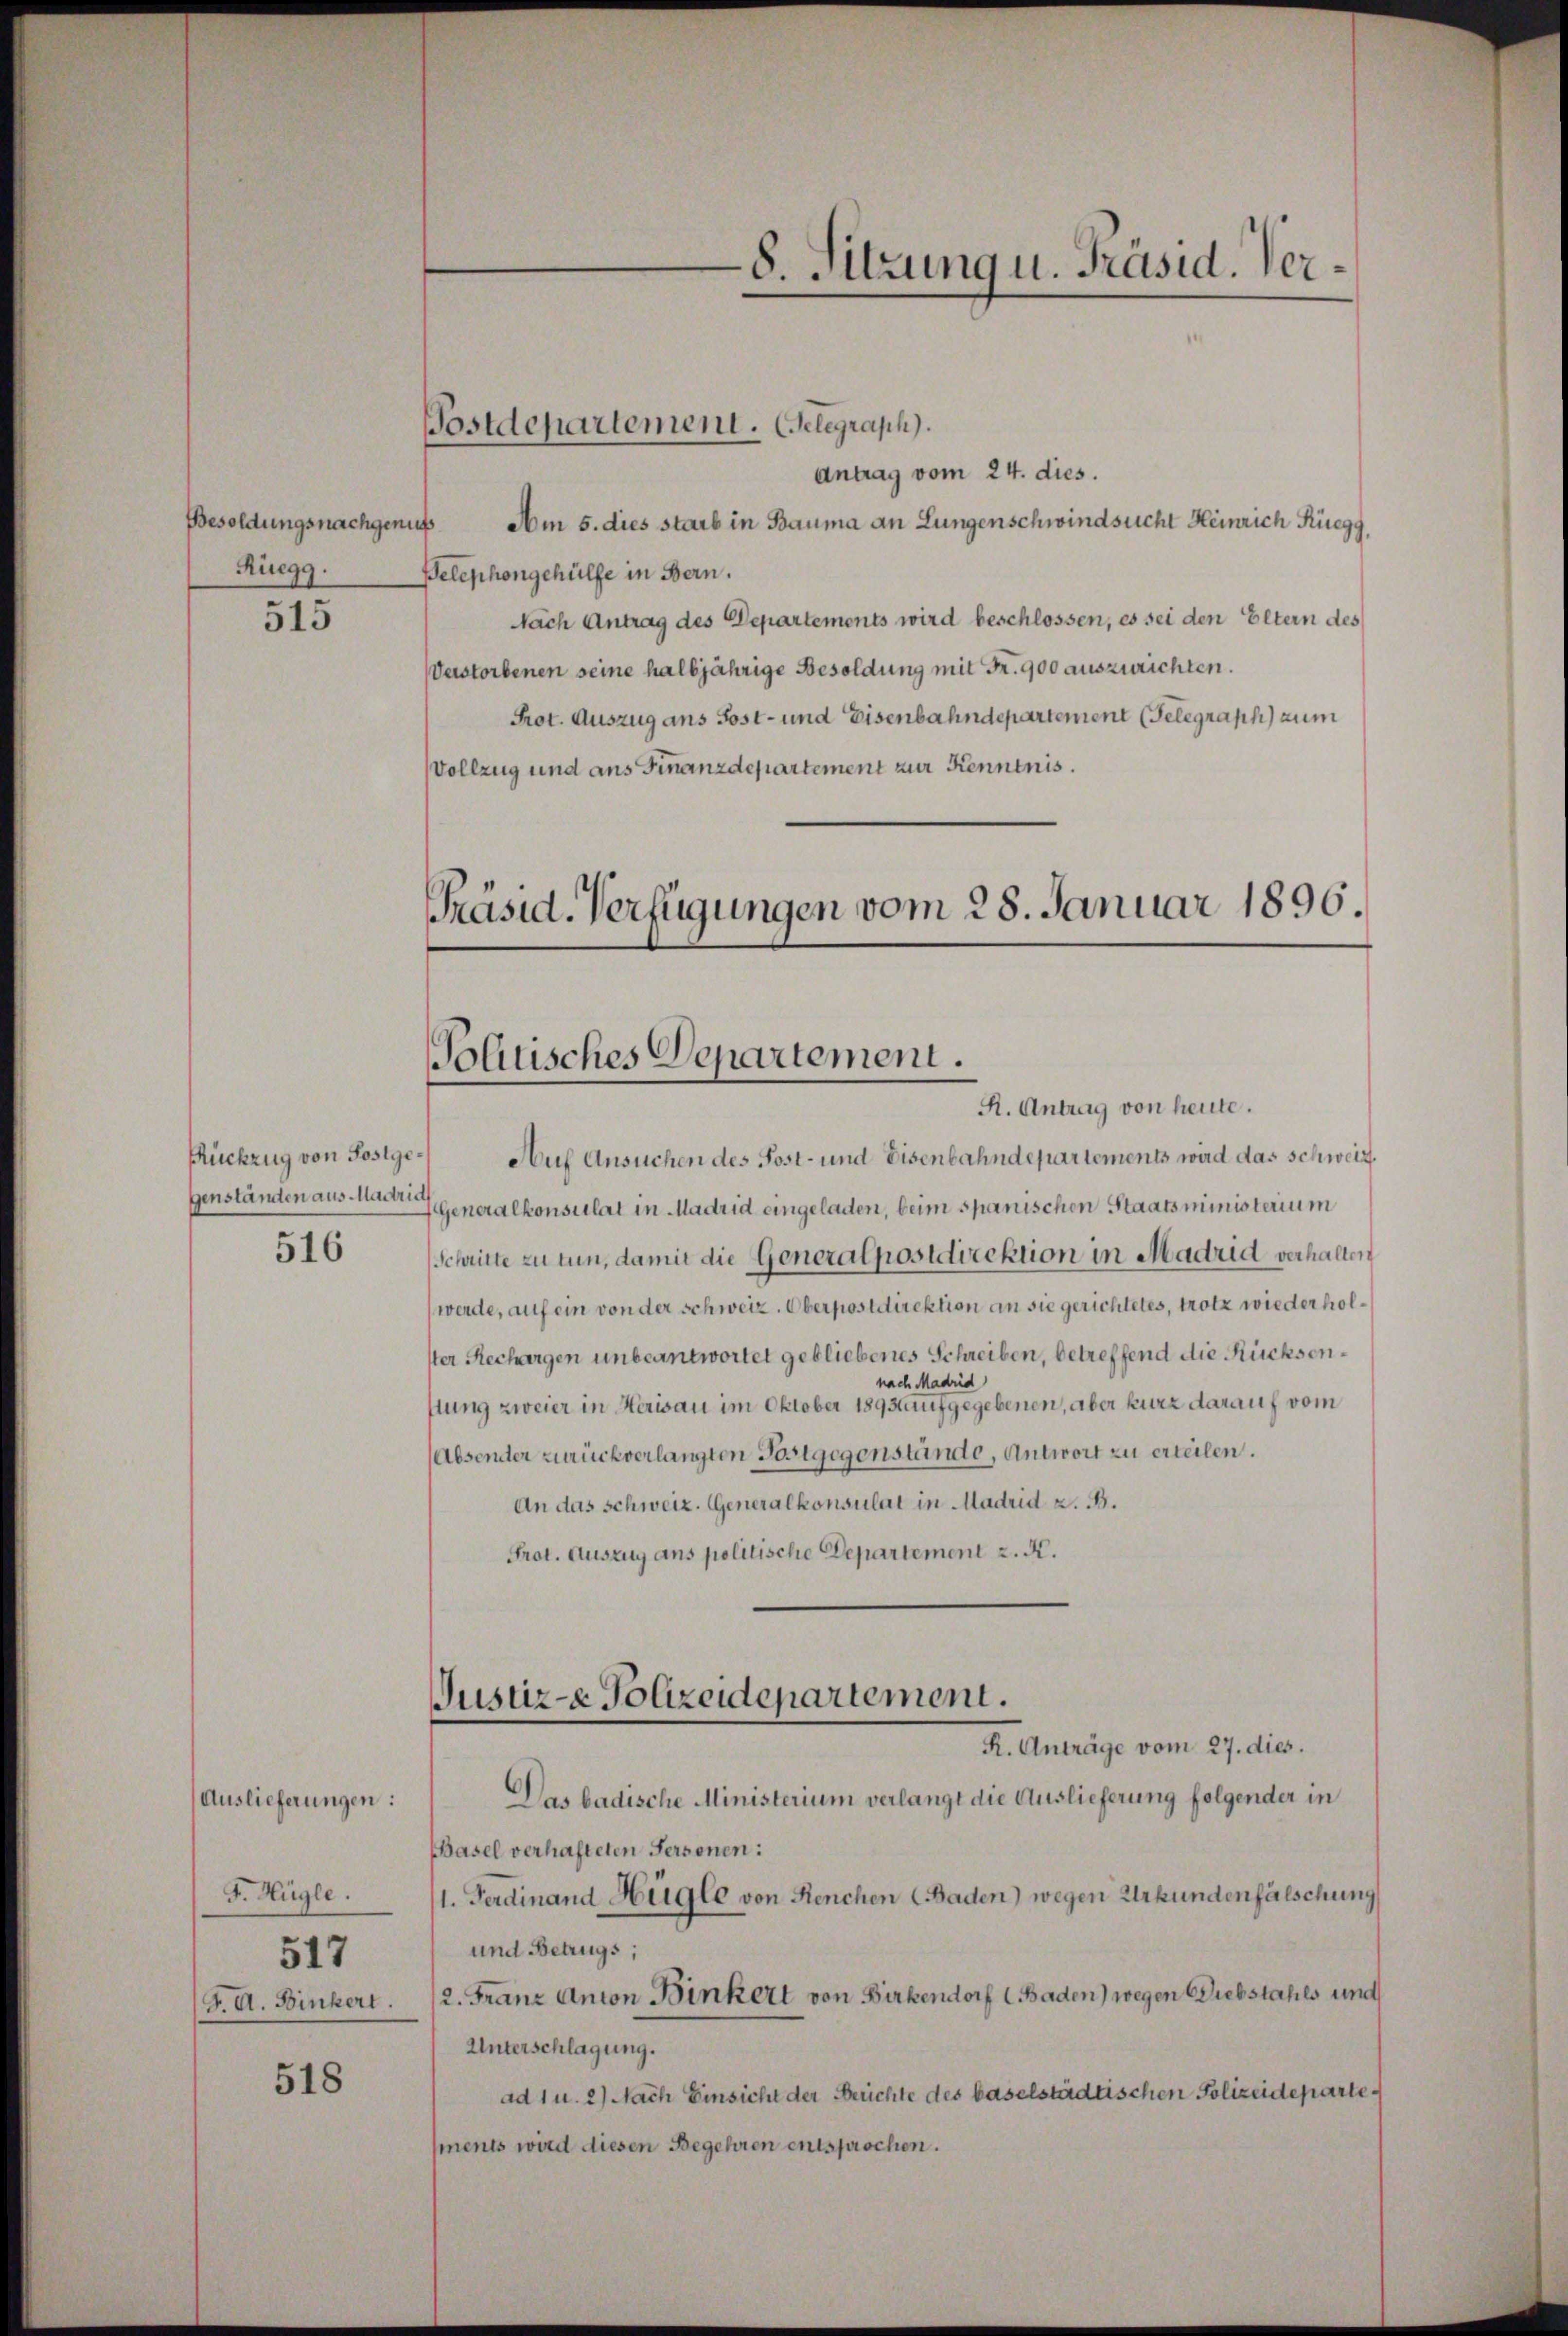
Rüegg.

515

516

Auslieferungen:
F. Hügle.
517
F. A. Binkert.

518

Antrag vom 24. dies.
Besoldungsnachgenus. Am 5. dies starb in Bauma an Lungenschwindsucht Heinrich Rüegg,
Belephongehülfe in Bern.
Nach Antrag des Departements wird beschlossen, es sei den Eltern des
Verstorbenen seine halbjährige Besoldung mit Fr. 900 auszurichten.
Prot. Auszug ans Post- und Eisenbahndepartement (Telegraph) zum
Vollzug und ans Finanzdepartement zur Kenntnis.

Postdepartement. Gelegraph).

8. Sitzung u. Präsid. Ver¬

Präsid. Verfügungen vom 28. Januar 1896.
Politisches Departement.
R. Antrag von heute.

Rückzug von Postger Auf Ansuchen des Post- und Eisenbahndepartements wird das schweiz.
genständen aus der Generalkonsulat in Madrid eingeladen, beim spanischen Staatsministerium
Schritte zu tun, damit die Generalpostdirektion in Madrid verhalten
werde, auf ein von der schweiz. Oberpostdirektion an sie gerichtetes, trotz wiederholster Rechargen unbeantwortet gebliebenes Schreiben, betreffend die Rücksennach Madrid
flung zweier in Herisau im Oktober 1892 auf gegebenen, aber kurz darauf vom
Absender zurückverlangten Postgegenstände, Antwort zu erteilen.
An das schweiz. Generalkonsulat in Madrid z. B.
Prot. Auszug ans politische Departement z. K.

Justiz-e Polizeidepartement.
R. Anträge vom 27. dies.

Das badische Ministerium verlangt die Auslieferung folgender in
Basel verhafteten Personen:
1. Ferdinand Hügle von Renchen (Baden) wegen Urkundenfälschung
und Betrugs;
2. Franz Anton Binkert von Birkendorf (Baden) wegen Diebstahls und
Unterschlagung.
ad 1 u. 2) Nach Einsicht der Berichte des baselstädtischen Polizeidepartesments wird diesen Begehren entsprochen.